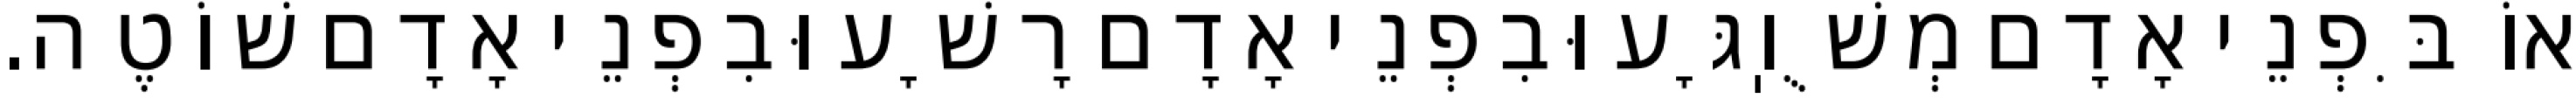
אוֹ בִּפְנֵי אָדָם מְשֻׁוֽגָּע וּבִפְנֵי אָדָם רָשָׁע וּבִפְנֵי אָדָם שׁוֹטֶה.